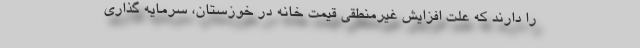
را دارند که علت افزایش غیرمنطقی قیمت خانه در خوزستان، سرمایه گذاری